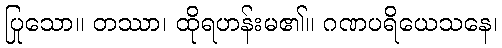
ပြုသော။ တဿာ၊ ထိုရဟန်းမ၏။ ဂဏပရိယေသနေ၊